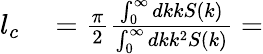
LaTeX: \begin{array}{rl}{l_{c}}&{{}=\frac{\pi}{2}\frac{\int_{0}^{\infty}dkkS(k)}{\int_{0}^{\infty}dkk^{2}S(k)}=}\end{array}